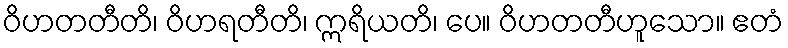
ဝိဟတတီတိ၊ ဝိဟရတီတိ၊ ဣရိယတိ၊ ပေ။ ဝိဟတတီဟူသော။ ဧတံ